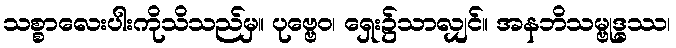
သစ္စာလေးပါးကိုသိသည်မှ။ ပုဗ္ဗေဝ၊ ရှေး၌သာလျှင်။ အနဘိသမ္ဗုဒ္ဓဿ၊